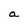
Character: a